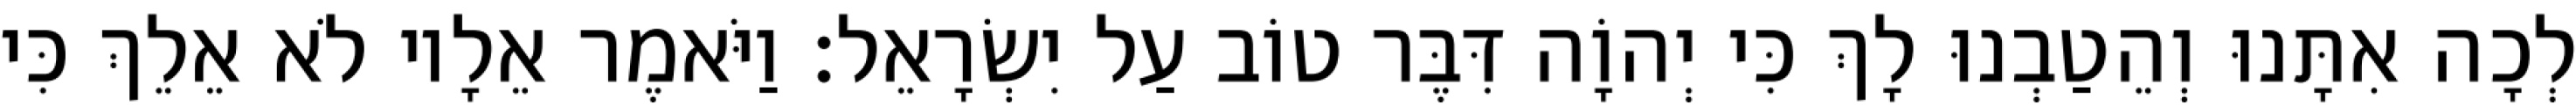
לְכָה אִתָּנוּ וְהֵטַבְנוּ לָךְ כִּי יְהוָֹה דִּבֶּר טוֹב עַל יִשְׂרָאֵל׃ וַיֹּאמֶר אֵלָיו לֹא אֵלֵךְ כִּי